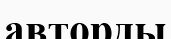
авторды